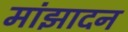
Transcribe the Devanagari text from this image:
मांझादन